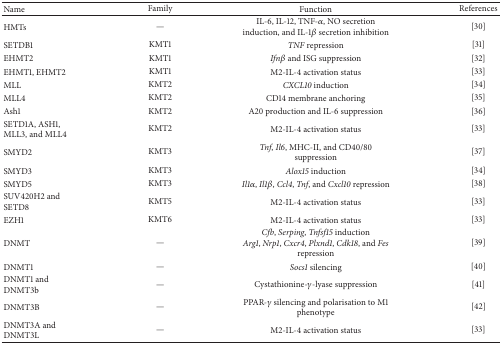
<table><thead><tr><td><b>Name</b></td><td><b>Family</b></td><td><b>Function</b></td><td><b>References</b></td></tr></thead><tbody><tr><td>HMTs</td><td>—</td><td>IL-6, IL-12, TNF-<i>α</i>, NO secretion induction, and IL-1<i>β</i> secretion inhibition</td><td>[30]</td></tr><tr><td>SETDB1</td><td>KMT1</td><td><i>TNF</i> repression</td><td>[31]</td></tr><tr><td>EHMT2</td><td>KMT1</td><td><i>Ifnβ</i> and ISG suppression</td><td>[32]</td></tr><tr><td>EHMT1, EHMT2 </td><td>KMT1</td><td>M2-IL-4 activation status</td><td>[33]</td></tr><tr><td>MLL</td><td>KMT2</td><td><i>CXCL10</i> induction</td><td>[34] </td></tr><tr><td>MLL4</td><td>KMT2</td><td>CD14 membrane anchoring</td><td>[35]</td></tr><tr><td>Ash1</td><td>KMT2</td><td>A20 production and IL-6 suppression</td><td>[36]</td></tr><tr><td>SETD1A, ASH1, MLL3, and MLL4</td><td>KMT2</td><td>M2-IL-4 activation status</td><td>[33]</td></tr><tr><td>SMYD2</td><td>KMT3</td><td><i>Tnf</i>, <i>Il6</i>, MHC-II, and CD40/80 suppression</td><td>[37]</td></tr><tr><td>SMYD3</td><td>KMT3</td><td><i>Alox15</i> induction</td><td>[34]</td></tr><tr><td>SMYD5</td><td>KMT3</td><td><i>Il1α</i>,<i> Il1β</i>,<i> Ccl4</i>, <i>Tnf</i>, and <i>Cxcl10</i> repression</td><td>[38]</td></tr><tr><td>SUV420H2 and SETD8</td><td>KMT5</td><td>M2-IL-4 activation status</td><td>[33]</td></tr><tr><td>EZH1</td><td>KMT6</td><td>M2-IL-4 activation status</td><td>[33]</td></tr><tr><td>DNMT</td><td>—</td><td><i>Cfb</i>, <i>Serping</i>, <i>Tnfsf15</i> induction<i>Arg1</i>, <i>Nrp1</i>, <i>Cxcr4</i>, <i>Plxnd1</i>, <i>Cdk18</i>, and <i>Fes </i>repression</td><td>[39]</td></tr><tr><td>DNMT1</td><td>—</td><td><i>Socs1 </i>silencing</td><td>[40]</td></tr><tr><td>DNMT1 and DNMT3b</td><td>—</td><td>Cystathionine-<i>γ</i>-lyase suppression</td><td>[41]</td></tr><tr><td>DNMT3B</td><td>—</td><td>PPAR-<i>γ</i> silencing and polarisation to M1 phenotype</td><td>[42]</td></tr><tr><td>DNMT3A and DNMT3L</td><td>—</td><td>M2-IL-4 activation status</td><td>[33]</td></tr></tbody></table>